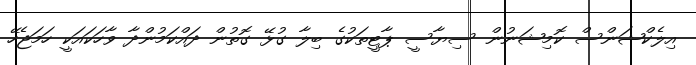
އިލެކްޝަންސް ކޮމިޝަނުން ސިޔާސީ ޕާޓީތަކުގެ ބިލާ ގުޅޭ ގޮތުން ދައްކަމުންދާ ވާހަކައަކީ ހަމަޖެހޭ